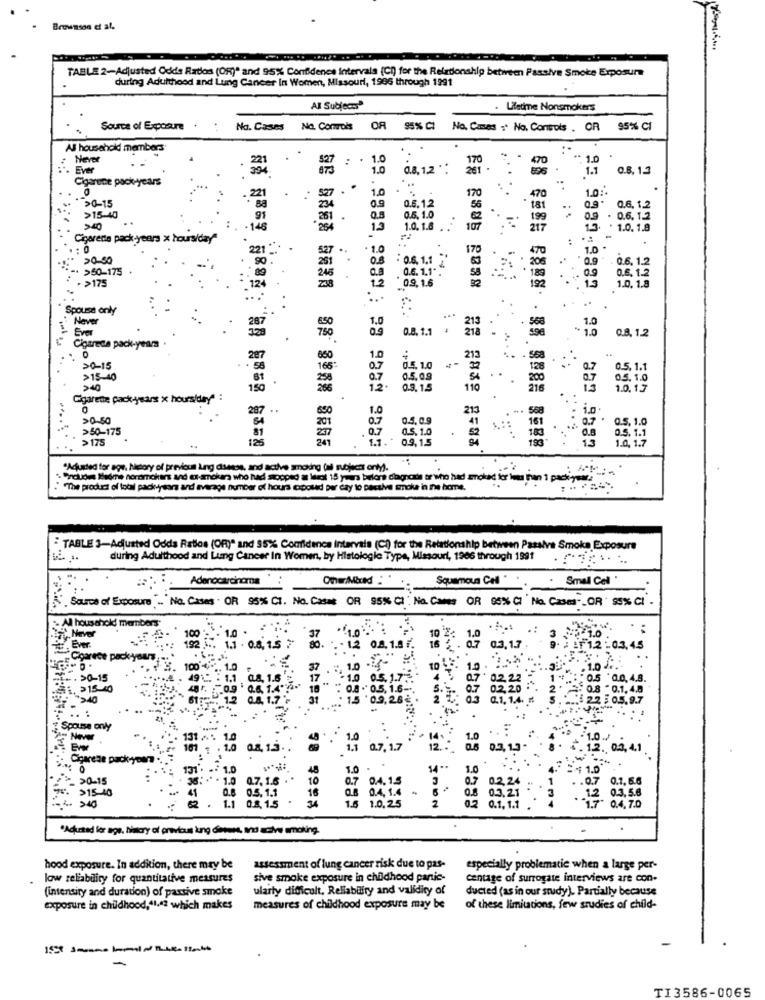
Brownson et al.
TABLE 2-Adjusted Odds Ratios (OR)" and 95% Confidence intervals (CD) for the Relationship between Passive Smoke Exposure
during Adulthood and Lung Cancer In Women, Missouri, 1996 through 1991
Al Subjects
Lifetime Nonsmokers
Source of Exposure
No. Cases No. Comois OR 95% CI
No. Canes . No. Controls , OR 95% CI
Al household members
Never
: .
1.0
** 1.0
Ever
327
..
1.0
0,8, 1,2 *
261 -
1.1
0.8, 1.3
Cigarune pack-years
527 .
170
:.
1.0:
>0-15
1.0
470
0.5.12
. 181
0.6. 1.2
>15-40
251 .
0.5,1.0
199
. 06. 12
>40
264
1.0. 1.8
107
217
.. . .. ..
* 1.0.1.8
Cigarette pack-years x toursiday"
₱:
527 ..
170
1.0
: 08 1.1
208
.8.9
0.6. 1.2
>50-175
0.6.1.1"
. >175
238
246
09,1.6
180
0.6. 12
192
1.0.1.8
Spouse only
Never
...
Ever
0.9
0.8. 1.1
.
213
. 568
1.0
0.9.1.2
Cigareta pack-yeara .
750
" 1.0
860
213
128 . ...
>0-15
165"
0.5 . 1 .1
>15-40
05.09
05. 1.0
12
0.3.1.5
110
216
1.0. 17
Cigarete pack-years x hours/day" :
O
650
1.0
....
20-30
07
0.5, 0.9
568
>50-175
161
>175
27
241
. 07
1.1.
09,15
193
0.5 . 1.1
西克 859 588 8888 8858
13
Acounted for ago, Neary of previous Ling diese, and active smoking (a) notices anty).
· Prolow tiene noramakers and ex-anders who had stopped a las 15 years before diagnosa orvieto had smoked for bom bon 1 pack,
" "The product of total pack-years and average number of hours exposed per day to pacalve smoke in ne home.
...
TABLE 3-Adjusted Odds Ratios (OR)" and 35% Confidence Intervals (CI) for the Relationship between Passiva Smoka Exposure
during Adulthood and Lung Cancer In Women, by Histologie Type, Missouri, 1966 through 1991
Adenocarcinoma
Squamous Cell
. Small Cell '
Source of Exposure . No. Casas . OR 95% CT. No. Casas OR 95% CI : No. Cames OR 05% CI No. Casa -_ OR 55% CI
.- Al household manbers
Never
100
1.1.
0.8. 1
0.3.1.7
.Ever
192
#8
1.2 :03,45
Cigarece pack-yours
10
. 1.0 4.
.. >0-15
02.22
:0.5 00.4.8.
. >15-40
05. 15-
02,20
:0.8 - 0.1.4.8
">40
0.8. 1.7 '
31
0.3
0.1. 1.4. #
2.2 5 05.9.7
.. .
Spouse only
--
..
131 .. 1
10
181 1 . 10
0.8. 1.3
1.1 07,17
0.3, 1.3.
. 12. 0.3, 4,1
-Cigareze pack-yeara.
131 . .. 1.0
48
1.0
14 .*
=4 1.0
>0-15
35: ** * 1.0
0.7.1.6
0.7 0.4.15
07
02.24
. . 0.7
0.1. 6.6
. >15-40
41
0.5.1.1
16
04. 1.4 "
1
0.8
N SOON
08 03.21
3
.. 12 03.5.8
1.1 0.8.1.5
1.6 1.0.25
0.1. 1.1 .
1.7
0.4.7.0
"Adjutad for age, hiacry of previous kung desses, and active smoking.
hood exposure. In addition, there may be
assessment of lung cancer risk due to pas-
especially problematic when a large per-
low reliability for quantitative measures
sive smoke exposure in childhood panic-
centage of surrogate interviews are con-
(intensity and duration) of partive smoke
ularly difficult, Reliability and validity of
ducted (as in our study). Partially because
exposure in childhood,41,42 which makes
measures of childhood exposure may be
of these limitations, few studies of child-
TI3586-0065